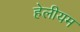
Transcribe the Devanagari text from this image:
हेलीयम